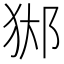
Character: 𨛊